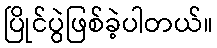
ပြိုင်ပွဲဖြစ်ခဲ့ပါတယ်။